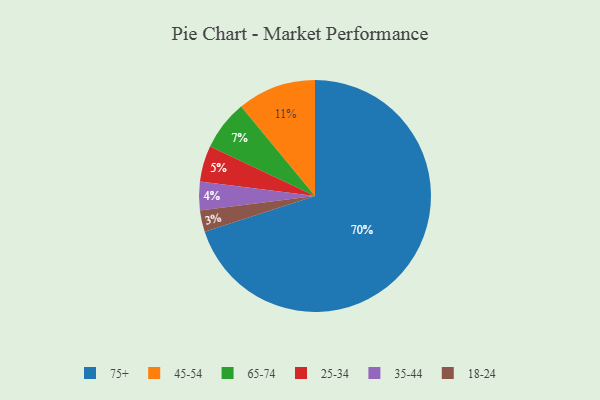
{"axis": {"x": "Category", "y": "Percentage"}, "legend": ["18-24", "25-34", "35-44", "45-54", "65-74", "75+"], "data": [{"x": "25-34", "y": 5, "type": "25-34"}, {"x": "65-74", "y": 7, "type": "65-74"}, {"x": "45-54", "y": 11, "type": "45-54"}, {"x": "75+", "y": 70, "type": "75+"}, {"x": "18-24", "y": 3, "type": "18-24"}, {"x": "35-44", "y": 4, "type": "35-44"}]}